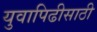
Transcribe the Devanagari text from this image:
युवापिढीसाठी